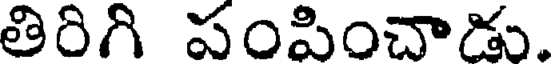
తిరిగి పంపించాడు.